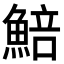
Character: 𩸬